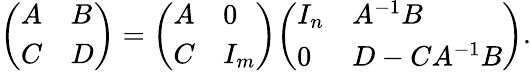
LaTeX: {\left(\begin{array}{ll}{A}&{B}\\ {C}&{D}\end{array}\right)}={\left(\begin{array}{ll}{A}&{0}\\ {C}&{I_{m}}\end{array}\right)}{\left(\begin{array}{ll}{I_{n}}&{A^{-1}B}\\ {0}&{D-CA^{-1}B}\end{array}\right)}.